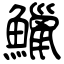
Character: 鱲